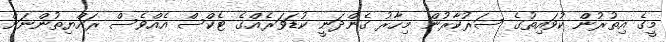
މީގެ އިތުރުން ކުވައިތުގެ ސަރުކާރުން މިހާރު ގެންދަނީ ކުޑަވަރެއްގެ ޓެކްސް އެއްވެސް ރައްޔިތުންނަށް